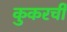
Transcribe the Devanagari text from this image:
कुकरची